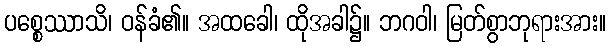
ပစ္စေဿာသိ၊ ဝန်ခံ၏။ အထခေါ၊ ထိုအခါ၌။ ဘဂဝါ၊ မြတ်စွာဘုရားအား။